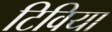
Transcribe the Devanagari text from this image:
टिविया